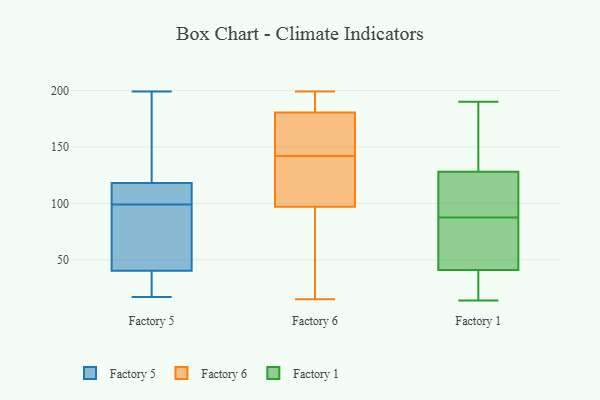
{"axis": {"x": "Production Output", "y": "Value"}, "legend": ["Factory 1", "Factory 5", "Factory 6"], "data": [{"x": "", "y": 139, "type": "Factory 5"}, {"x": "", "y": 17, "type": "Factory 5"}, {"x": "", "y": 41, "type": "Factory 5"}, {"x": "", "y": 199, "type": "Factory 5"}, {"x": "", "y": 130, "type": "Factory 5"}, {"x": "", "y": 91, "type": "Factory 5"}, {"x": "", "y": 106, "type": "Factory 5"}, {"x": "", "y": 111, "type": "Factory 5"}, {"x": "", "y": 37, "type": "Factory 5"}, {"x": "", "y": 110, "type": "Factory 5"}, {"x": "", "y": 35, "type": "Factory 5"}, {"x": "", "y": 141, "type": "Factory 5"}, {"x": "", "y": 99, "type": "Factory 5"}, {"x": "", "y": 114, "type": "Factory 5"}, {"x": "", "y": 49, "type": "Factory 5"}, {"x": "", "y": 38, "type": "Factory 5"}, {"x": "", "y": 78, "type": "Factory 5"}, {"x": "", "y": 103, "type": "Factory 6"}, {"x": "", "y": 197, "type": "Factory 6"}, {"x": "", "y": 199, "type": "Factory 6"}, {"x": "", "y": 185, "type": "Factory 6"}, {"x": "", "y": 176, "type": "Factory 6"}, {"x": "", "y": 141, "type": "Factory 6"}, {"x": "", "y": 108, "type": "Factory 6"}, {"x": "", "y": 36, "type": "Factory 6"}, {"x": "", "y": 172, "type": "Factory 6"}, {"x": "", "y": 25, "type": "Factory 6"}, {"x": "", "y": 60, "type": "Factory 6"}, {"x": "", "y": 108, "type": "Factory 6"}, {"x": "", "y": 157, "type": "Factory 6"}, {"x": "", "y": 91, "type": "Factory 6"}, {"x": "", "y": 143, "type": "Factory 6"}, {"x": "", "y": 15, "type": "Factory 6"}, {"x": "", "y": 111, "type": "Factory 6"}, {"x": "", "y": 172, "type": "Factory 6"}, {"x": "", "y": 194, "type": "Factory 6"}, {"x": "", "y": 195, "type": "Factory 6"}, {"x": "", "y": 41, "type": "Factory 1"}, {"x": "", "y": 81, "type": "Factory 1"}, {"x": "", "y": 94, "type": "Factory 1"}, {"x": "", "y": 128, "type": "Factory 1"}, {"x": "", "y": 14, "type": "Factory 1"}, {"x": "", "y": 68, "type": "Factory 1"}, {"x": "", "y": 22, "type": "Factory 1"}, {"x": "", "y": 110, "type": "Factory 1"}, {"x": "", "y": 187, "type": "Factory 1"}, {"x": "", "y": 190, "type": "Factory 1"}]}